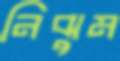
নিঝুম